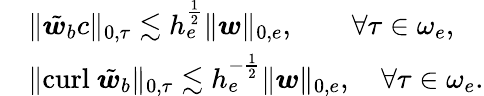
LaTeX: \begin{array}{rl}&{\| \tilde{\boldsymbol{w}}_{b}c\| _{0,\tau}\lesssim h_{e}^{\frac{1}{2}}\| \boldsymbol{w}\| _{0,e},\quad\quad\forall\tau\in\omega_{e},}\\ &{\| \mathrm{curl}~\tilde{\boldsymbol{w}}_{b}\| _{0,\tau}\lesssim h_{e}^{-\frac{1}{2}}\| \boldsymbol{w}\| _{0,e},\quad\forall\tau\in\omega_{e}.}\end{array}